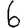
Digit: 6